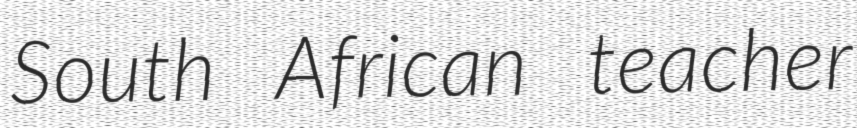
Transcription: South African teacher